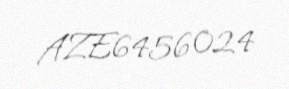
AZE6456024